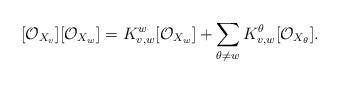
LaTeX: \begin{align*}[{\mathcal O}_{X_{v}}][{\mathcal O}_{X_w}]=K_{v,w}^w [{\mathcal O}_{X_w}]+\sum_{\theta\neq w}K_{v,w}^\theta [{\mathcal O}_{X_\theta}].\end{align*}